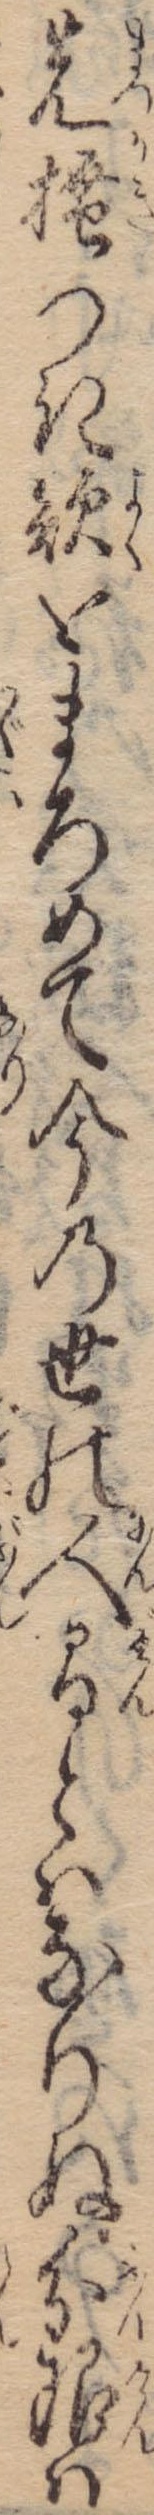
先掻つき欲をまろめて今の世の人間とはなりぬ分限は